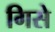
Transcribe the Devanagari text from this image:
गिसे